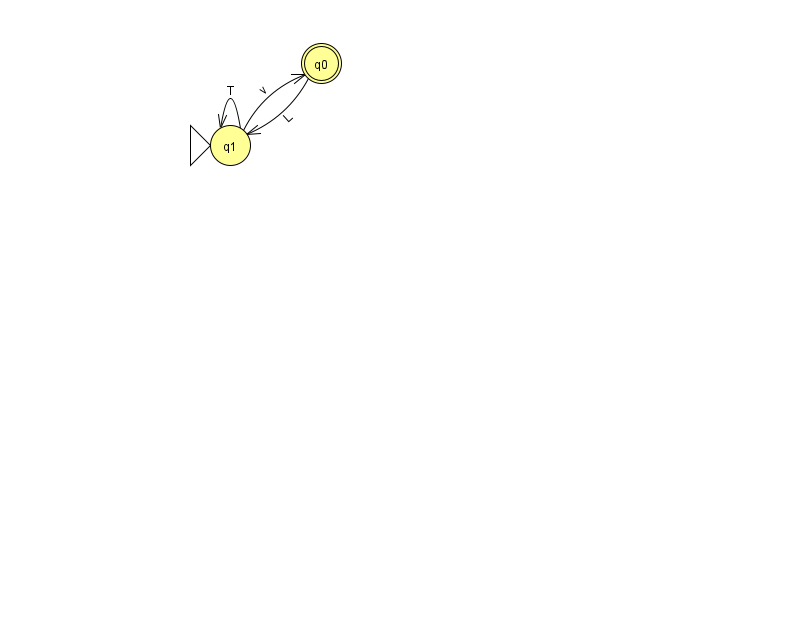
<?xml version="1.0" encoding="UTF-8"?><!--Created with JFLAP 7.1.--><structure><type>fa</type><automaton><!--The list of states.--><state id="0" name="q0"><x>321.0</x><y>50.0</y><final/></state><state id="1" name="q1"><x>230.0</x><y>132.0</y><initial/></state><!--The list of transitions.--><transition><from>1</from><to>1</to><read>T</read></transition><transition><from>0</from><to>1</to><read>L</read></transition><transition><from>1</from><to>0</to><read>v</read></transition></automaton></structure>